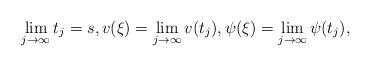
LaTeX: \begin{align*}\lim_{j\to\infty}t_j=s,v(\xi)=\lim_{j\to\infty}v(t_j),\psi(\xi)=\lim_{j\to\infty}\psi(t_j),\end{align*}